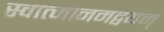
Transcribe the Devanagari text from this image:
स्वात्मानमद्वयम्